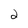
Character: 2